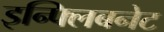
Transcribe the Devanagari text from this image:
इन्फ्लिबनेट